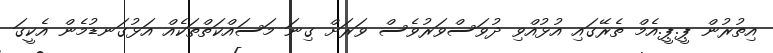
އިތުރުން ޕީ.ޕީ.އެމް ތެރޭގައި އުޅުއްވި ދުވަސްވަރުވެސް ވަރަށް ގިނަ މަސައްކަތްތަކެއް އަޅުގަނޑުމެން އެކީގަ